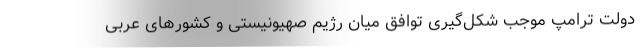
دولت ترامپ موجب شکل‌گیری توافق میان رژیم صهیونیستی و کشورهای عربی